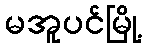
မအူပင်မြို့